system: You are a helpful assistant.
user:
Analyze the provided spectrum to determine if it is a **White Dwarf (WD)**.

A White Dwarf spectrum is defined by its **extreme purity** (due to gravitational settling) and/or **extreme pressure broadening** (due to high surface gravity). You must check for one of the following mutually exclusive signatures:

- **Key Visual Indicators (Check for ONE of these types):**

    - **1. DA-Type Signature (Most Common):**
        - **(Primary Feature):** Extreme pressure broadening (Stark broadening) of the **Hydrogen (H) Balmer lines**.
        - **(Key Lines):** $H\beta$ (approx. $4861$ Å) and $H\gamma$ (approx. $4340$ Å). $H\alpha$ (approx. $6563$ Å) will also be present if the wavelength range covers it.
        - **(Line Profile):** This is the **defining feature**. The lines are **NOT** sharp. They appear as massive, **extremely broad and deep "troughs" or "dips"** in the spectrum, often hundreds of Ångströms wide. The continuum will appear to "scoop" down at these wavelengths.
        - **(Distinction):** Normal A-type or B-type stars have *narrow* and *sharp* Hydrogen lines. A DA White Dwarf's lines are unmistakably "smeared" or "blurry" from pressure.

    - **2. DB-Type Signature:**
        - **(Primary Feature):** Broad absorption lines from **Neutral Helium (He I)**. The spectrum must lack any visible Hydrogen lines.
        - **(Key Lines):** Look for broad absorption near $4471$ Å, $4921$ Å, and $5876$ Å.
        - **(Line Profile):** These lines are also significantly pressure-broadened, appearing much wider than they would in a normal B-type main-sequence star.

    - **3. DC-Type Signature:**
        - **(Primary Feature):** A **featureless continuous spectrum**.
        - **(Line Profile):** The spectrum is a smooth curve with **no significant absorption or emission lines**.
        - **(Key Confirmation):** The continuum is almost always **blue or white**, indicating a hot object. This signature implies the atmosphere is so pure (or so cool) that no spectral lines are visible in the optical range. Its WD identity is confirmed by its extremely low intrinsic brightness (high absolute magnitude).

    - **4. DZ-Type Signature (Metal-Polluted):**
        - **(Primary Feature):** **Isolated, narrow metal absorption lines** on an otherwise featureless (DC-like) continuum.
        - **(Key Lines):** The **Calcium (Ca II) H & K doublet** (approx. **$3934$ Å** and **$3968$ Å**) is the most common and defining feature.
        - **(Line Profile):** These lines are "out of place." They are *not* part of a "forest" of thousands of lines. This signature is evidence of recent *accretion* (pollution) from rocky debris.
        - **(Distinction):** Normal G/K/M stars have a *dense forest* of thousands of metal lines. A DZ has a *clean* continuum with *only a few* strong metal lines.

    - **5. DQ-Type Signature (Carbon-Polluted):**
        - **(Primary Feature):** Absorption bands from **Carbon (C₂ "Swan Bands" or atomic C I)**.
        - **(Key Lines - C₂):** Look for bandheads with a "saw-tooth" shape near $5635$ Å, **$5165$ Å** (strongest), and $4737$ Å.
        - **(Key Confirmation):** The underlying **continuum must be blue or white** (hot).
        - **(Distinction):** This is the critical difference from a **Carbon Star**, which has the *exact same* C₂ bands but on an extremely **red, cool** continuum.

- **(Overall Spectrum):**
    - The continuum (overall shape) is typically **blue-sloping** (brighter in the blue than the red), as most white dwarfs are very hot.
    - The spectrum will look "pure" or "simple," dominated by only *one* of the five signatures listed above.

Think first, call **spectral_visualization_tool** if needed to examine features in detail, then provide your final answer. Your response must adhere to the following strict rules:
1.  **Overall Structure:** Your response must follow the format `<think>...</think> <tool_call>...</tool_call> (if a tool is used) <answer>...</answer>`.
2.  **Tool Usage Constraint:** You may only make **one** tool call per turn.
3.  **Final Answer Format:** In the `<answer>` tag, your conclusion must be inside a `\boxed{}` command (e.g., `\boxed{YES}` or `\boxed{NO}`), followed by your justification.

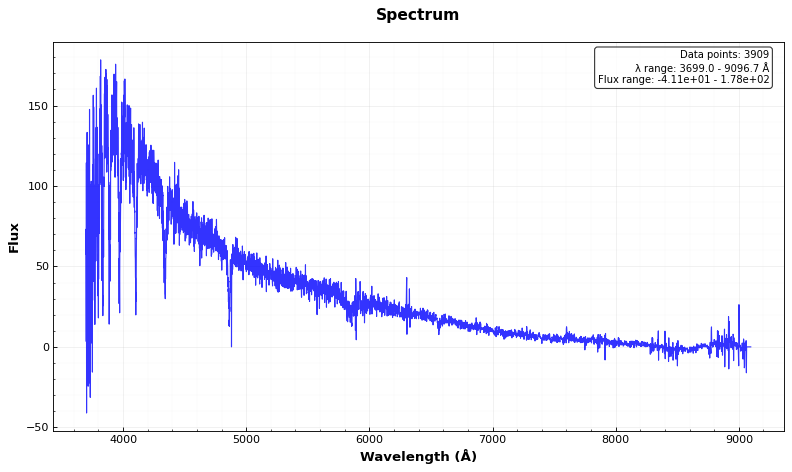
Answer: NO